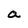
Character: a